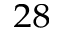
^ { 2 8 }